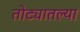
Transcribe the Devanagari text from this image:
तोट्यातल्या